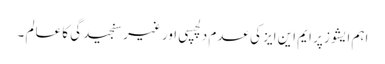
اہم ایشوز پر ایم این ایز کی عدم دلچسپی اور غیر سنجیدگی کا عالم ۔